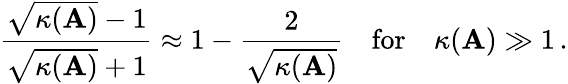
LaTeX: {\frac{{\sqrt{\kappa(\mathbf{A})}}-1}{{\sqrt{\kappa(\mathbf{A})}}+1}}\approx 1-{\frac{2}{\sqrt{\kappa(\mathbf{A})}}}\quad{\mathrm{for}}\quad\kappa(\mathbf{A})\gg 1\, .